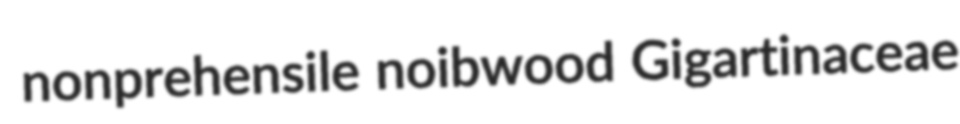
nonprehensile noibwood Gigartinaceae